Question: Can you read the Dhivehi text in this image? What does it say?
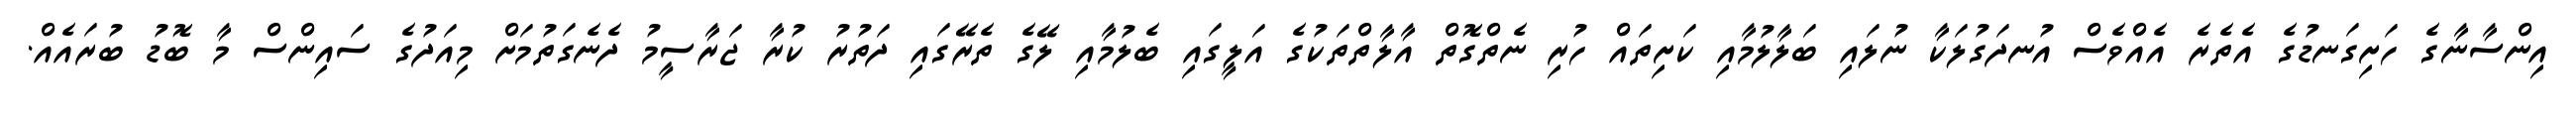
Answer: އިންސާނާގެ ހަށިގަނޑުގެ އެތެރެ އެއްވެސް އުނދަގުލަކާ ނުލައި ބަލާލުމާއި ކަށިތައް ހުރި ނެތްގޮތް އާލާތްތަކުގެ އަލީގައި ބެލުމާއި ލޭގެ ތެރޭގައި ދަތުރު ކުރާ ޖަރާސީމު ދެނެގަތުމަށް މިއަދުގެ ސައިންސް މާ ބޮޑު ބުރައެއް.